Tezpur Lunatic Asylum reports 1895-1904 - 1895-1904
Year: 1895
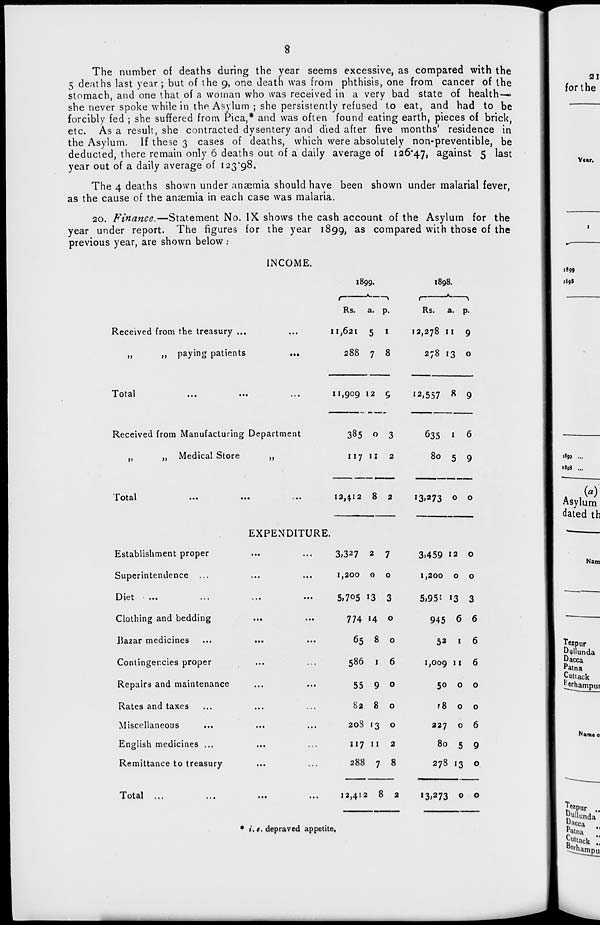
8
The number of deaths during the year seems excessive, as compared with the
5 deaths last year; but of the 9, one death was from phthisis, one from cancer of the
stomach, and one that of a woman who was received in a very bad state of health—
she never spoke while in the Asylum ; she persistently refused to eat, and had to be
forcibly fed ; she suffered from Pica,* and was often found eating earth, pieces of brick,
etc. As a result, she contracted dysentery and died after five months' residence in
the Asylum. If these 3 cases of deaths, which were absolutely non-preventible, be
deducted, there remain only 6 deaths out of a daily average of 126*47, against 5 last
year out of a daily average of 123*98.
The 4 deaths shown under anaemia should have been shown under malarial fever,
as the cause of the anaemia in each case was malaria.
20. Finance.—Statement No. IX shows the cash account of the Asylum for the
year under report. The figures for the year 1899, as compared with those of the
previous year, are shown below :
INCOME.
Received from the treasury ...
I 899.
1898.
t" " —~. _^
r
"*■ ■ "\
Rs. a. p.
Rs. a. P-
11,621 5 *
12,278 II 9
>»
,, paying patients
288 7 8
278 13 o
1 otal
...
...
...
Received from Manufacturing Department
„
„ Medical Store
,,
11,909 12 9
12,557 8 9
385 o 3
635 1 6
117 11 2
80 5 9
Total
12,412 8 2
I3.273 0 o
Establishment proper
Superintendence
i-J 1'' t
■ ■ •
• • •
Clothing and bedding
Bazar medicines
Conlinger.cies proper
Repairs and maintenance
Rates and taxes
Miscellaneous
English medicines ...
Remittance to treasury
Total ...
EXPENDITURE.
3>327 2 7
1,200 o o
5,705 !3 3
774 14 o
65 8 o
586 1 6
55 9 0
82 8 o
208 13 o
117 11 2
288 7 8
3.459 12 o
1,200 o o
5,95i 13 3
945 6 6
52 1 6
1,009 ll 6
50 o o
r8 o o
227 o 6
80 5 9
278 13 o
12,412 8 2
"3,273 o o
♦ .' i. e. depraved appetite.